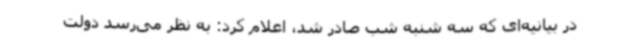
در بیانیه‌ای که سه شنبه شب صادر شد، اعلام کرد: به نظر می‌رسد دولت